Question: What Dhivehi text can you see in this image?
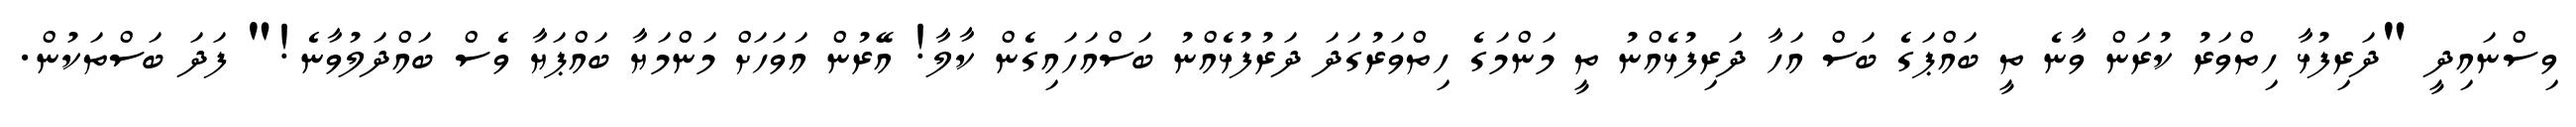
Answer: ވިސްނައިދީ "ދަރިފުޅާ ހިތްވަރު ކުރަން ވާނެ ތީ ބައްޕަގެ ބަސް އަހާ ދަރިފުޅެއްނު ތީ މަންމަގެ ހިތްވަރުގަދަ ދަރުފުޅެއްނު ބަސްއަހައިގެން ކާލާ! އޭރުން އަވަހަށް މަންމަޔާ ބައްޕަޔާ ވެސް ބައްދަލުވާނެ!" ފަދަ ބަސްތަކުން.